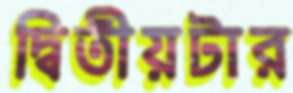
দ্বিতীয়টার